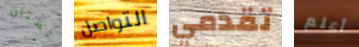
تظنان التواصل تقدمي أعلم